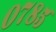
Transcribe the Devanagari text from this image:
०७८५